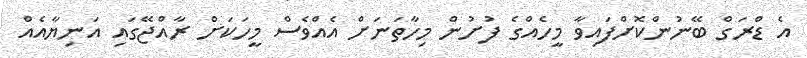
އެ ޑްރަގް ބޭނުންކޮށްފައިވާ މީހެއްގެ ފުށުން މިހާތަނަށް އެއްވެސް މީހަކަށް ރާއްޖޭގައި އަނިޔާއެއް